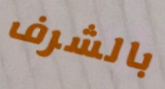
بالشرف